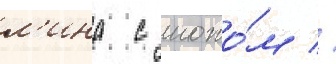
л'ина с ножо́м //